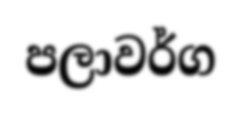
පලාවර්ග